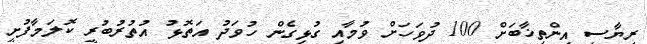
ރިޔާސީ އިންތިޚާބަށް 100 ދުވަހަށް ވުމާއި ގުޅިގެން ހުވަދު އަތޮޅު އުތުރުބުރީ ކޮލަމާފުށީ